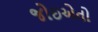
જોઇએતો